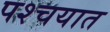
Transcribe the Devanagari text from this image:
पश्चयात